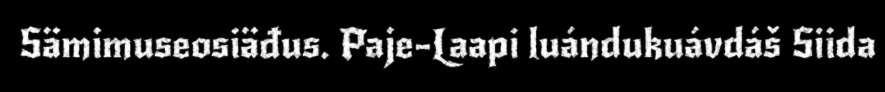
Sämimuseosiäđus. Paje-Laapi luándukuávdáš Siida